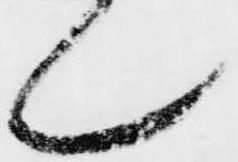
ん